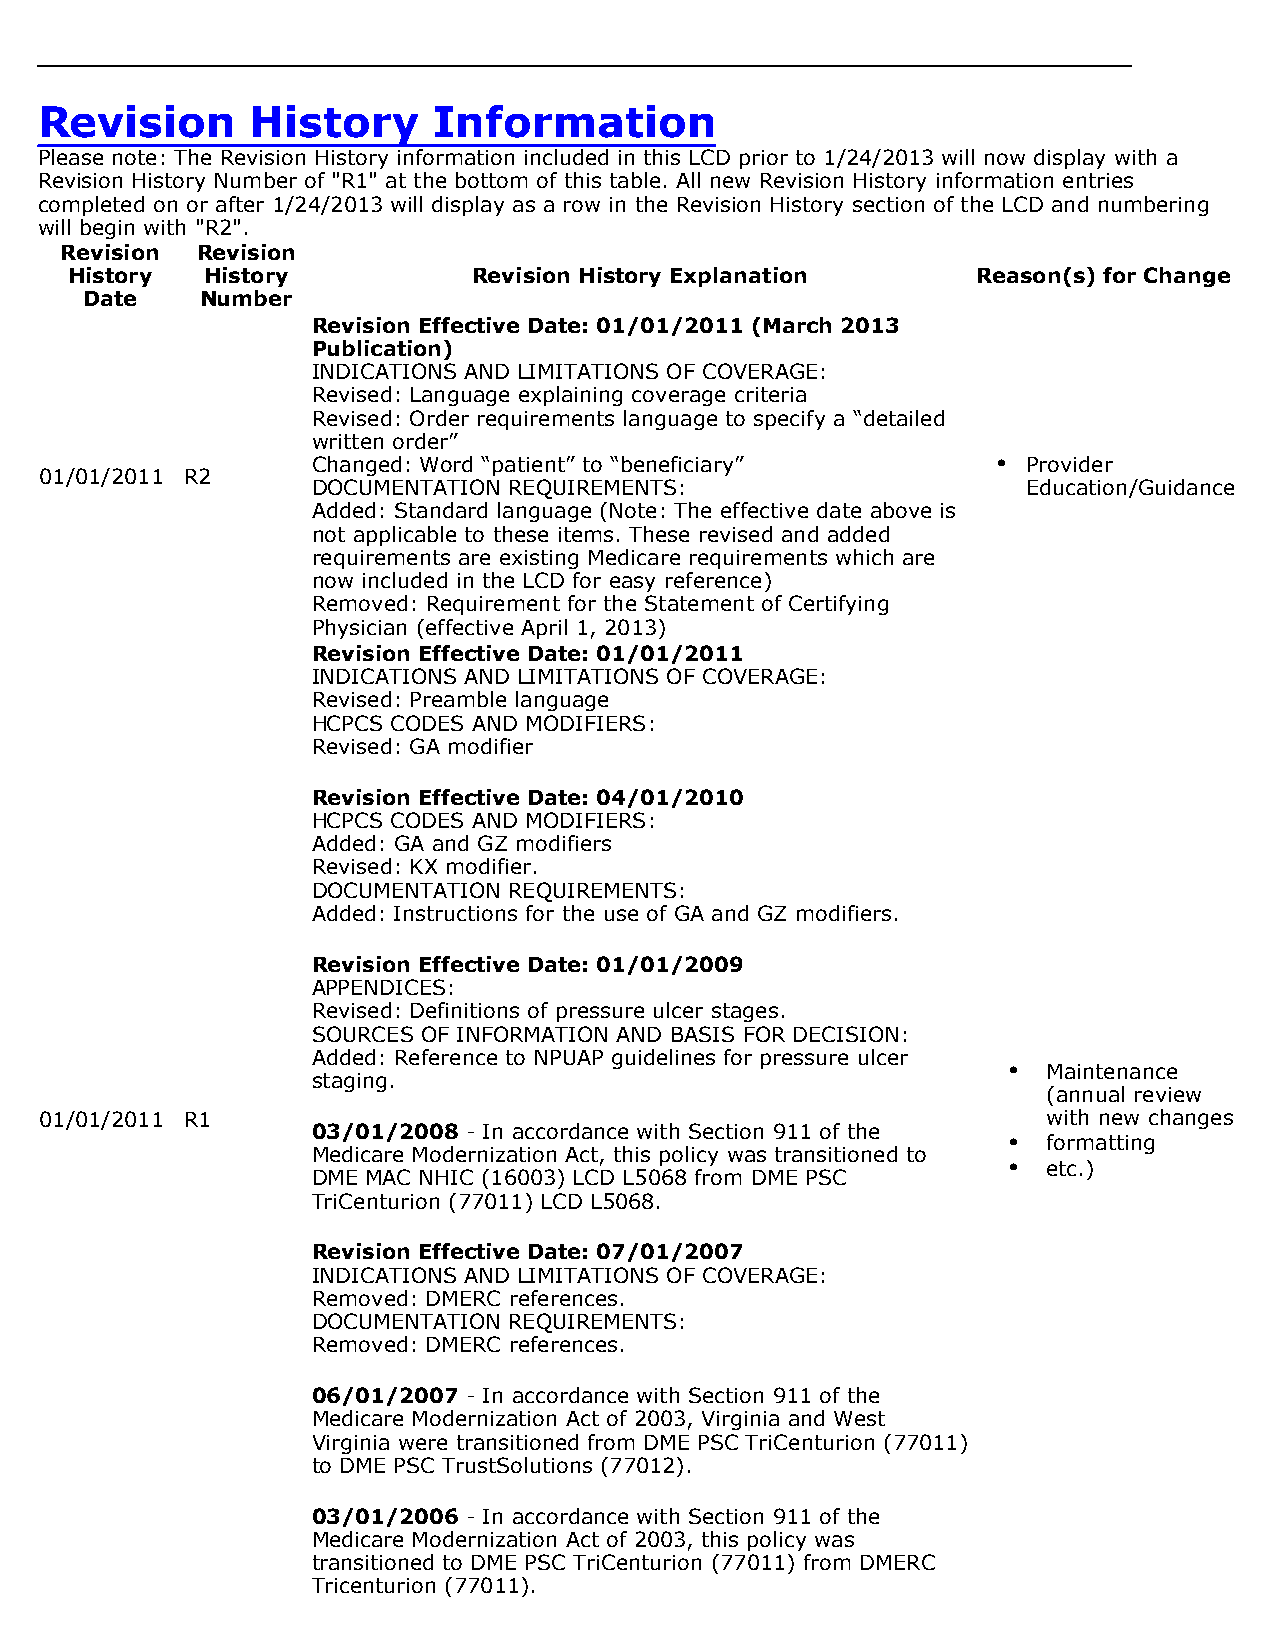
Revision       History     Information
 Please note: The Revision History information included in this LCD prior to 1/24/2013 will now display with a
 Revision History Number of "R1" at the bottom of this table. All new Revision History information entries
 completed on or after 1/24/2013 will display as a row in the Revision History section of the LCD and numbering
 will begin with "R2".
 Revision Revision
 History  History           Revision History Explanation      Reason(s) for Change
 Date    Number
 Revision Effective Date: 01/01/2011 (March 2013
 Publication)
 INDICATIONS AND LIMITATIONS OF COVERAGE:
 Revised: Language explaining coverage criteria
 Revised: Order requirements language to specify a “detailed
 written order”
 Changed: Word “patient” to “beneficiary”     • Provider
 01/01/2011 R2
 DOCUMENTATION REQUIREMENTS:                    Education/Guidance
 Added: Standard language (Note: The effective date above is
 not applicable to these items. These revised and added
 requirements are existing Medicare requirements which are
 now included in the LCD for easy reference)
 Removed: Requirement for the Statement of Certifying
 Physician (effective April 1, 2013)
 Revision Effective Date: 01/01/2011
 INDICATIONS AND LIMITATIONS OF COVERAGE:
 Revised: Preamble language
 HCPCS CODES AND MODIFIERS:
 Revised: GA modifier
 Revision Effective Date: 04/01/2010
 HCPCS CODES AND MODIFIERS:
 Added: GA and GZ modifiers
 Revised: KX modifier.
 DOCUMENTATION REQUIREMENTS:
 Added: Instructions for the use of GA and GZ modifiers.
 Revision Effective Date: 01/01/2009
 APPENDICES:
 Revised: Definitions of pressure ulcer stages.
 SOURCES OF INFORMATION AND BASIS FOR DECISION:
 Added: Reference to NPUAP guidelines for pressure ulcer
 • Maintenance
 staging.
 (annual review
 01/01/2011 R1                                                     with new changes
 03/01/2008 - In accordance with Section 911 of the
 • formatting
 Medicare Modernization Act, this policy was transitioned to
 • etc.)
 DME MAC NHIC (16003) LCD L5068 from DME PSC
 TriCenturion (77011) LCD L5068.
 Revision Effective Date: 07/01/2007
 INDICATIONS AND LIMITATIONS OF COVERAGE:
 Removed: DMERC references.
 DOCUMENTATION REQUIREMENTS:
 Removed: DMERC references.
 06/01/2007 - In accordance with Section 911 of the
 Medicare Modernization Act of 2003, Virginia and West
 Virginia were transitioned from DME PSC TriCenturion (77011)
 to DME PSC TrustSolutions (77012).
 03/01/2006 - In accordance with Section 911 of the
 Medicare Modernization Act of 2003, this policy was
 transitioned to DME PSC TriCenturion (77011) from DMERC
 Tricenturion (77011).